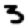
Digit: 3